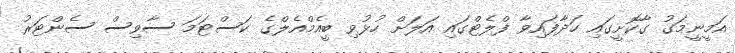
އަމީނީމަގު ގާކޮށީގައި ހަދާފައިވާ ފްލެޓްގައި އަލަށް ހުޅުވި ބީއެމްއެލްގެ ކަސްޓަމަ ސާވިސް ސެންޓަރު